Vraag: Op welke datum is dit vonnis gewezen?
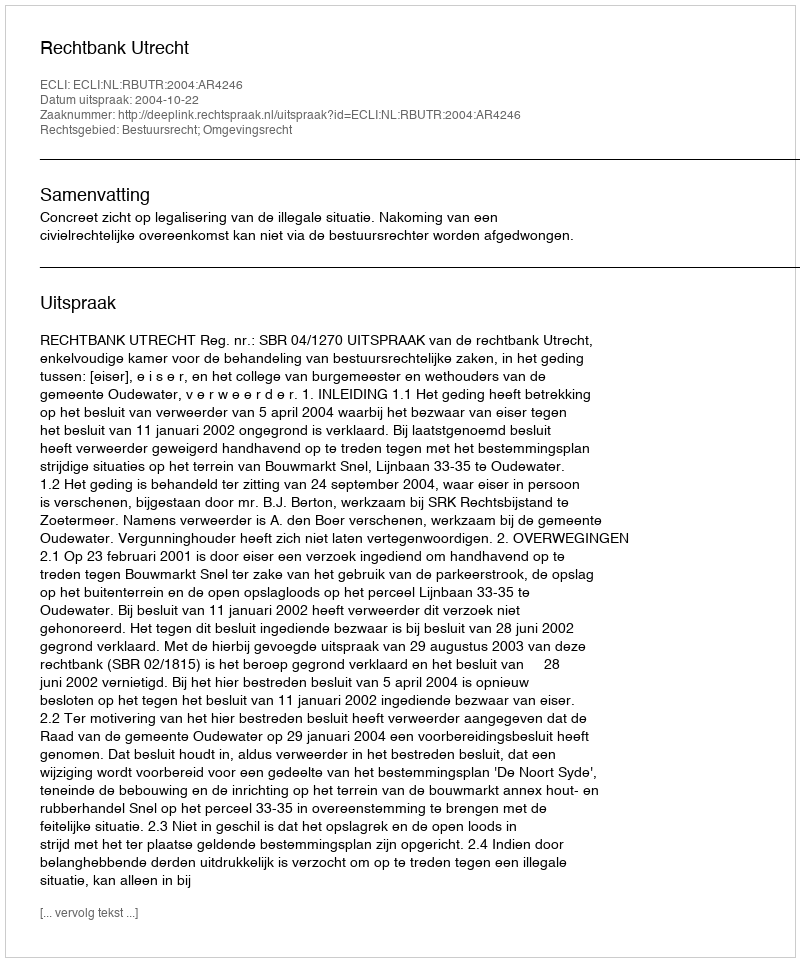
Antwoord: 2004-10-22